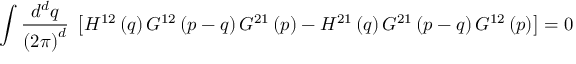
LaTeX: \int \frac { d ^ { d } q } { \left( 2 \pi \right) ^ { d } } \; \left[ H ^ { 1 2 } \left( q \right) G ^ { 1 2 } \left( p - q \right) G ^ { 2 1 } \left( p \right) - H ^ { 2 1 } \left( q \right) G ^ { 2 1 } \left( p - q \right) G ^ { 1 2 } \left( p \right) \right] = 0